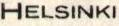
HELSINKI